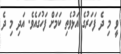
ވީ މި ދެ ފަހަރުގެ އަޅުވެތި ކަމަށް ފަހުގައެވެ. އަދި މި ދެ